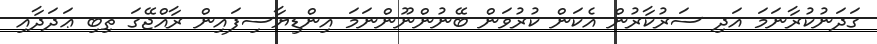
ގަދަނުކުރާނަމަ އަދި ސަރުކާރުން އެކަން ކުރުވަން ބޭނުންނޫންނަމަ އިންޑިޔާސިފައިން ރާއްޖޭގަ ތިބި ޢަދަދާއި